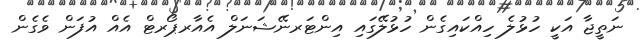
ނަތީޖާ އަކީ ހުޅުލެ ހިއްކައިގެން ހުޅުލޭގައި އިންޓަރނޭޝަނަލް އެއާރޕޯރޓް އެއް އުފަން ވެގެން